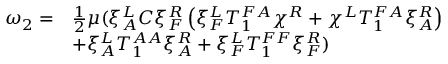
\begin{array} { r l } { \omega _ { 2 } = } & { \frac 1 2 \mu ( \xi _ { A } ^ { L } C \xi _ { F } ^ { R } \left( \xi _ { F } ^ { L } T _ { 1 } ^ { F A } \chi ^ { R } + \chi ^ { L } T _ { 1 } ^ { F A } \xi _ { A } ^ { R } \right) } \\ & { + \xi _ { A } ^ { L } T _ { 1 } ^ { A A } \xi _ { A } ^ { R } + \xi _ { F } ^ { L } T _ { 1 } ^ { F F } \xi _ { F } ^ { R } ) } \end{array}